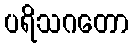
ပရိသဂတော